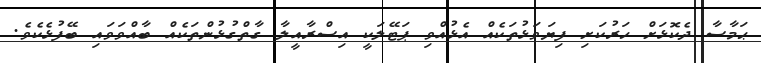
ޙަމާސާ ދެކޮޅަށް ހަރުކަށި ފިޔަވަޅުތަކެއް އެޅުއްވި ޕަޓޭލަކީ އިސްރާއީލާ ގާތްގުޅުންތަކެއް ބާއްވަވައި ބޭފުޅެކެވެ.